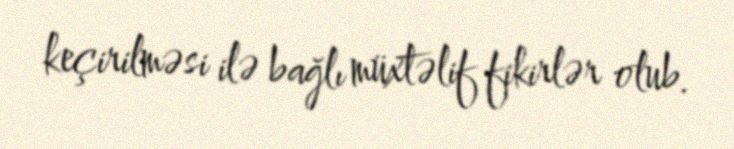
keçirilməsi ilə bağlı müxtəlif fikirlər olub.